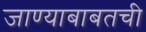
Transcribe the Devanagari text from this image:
जाण्याबाबतची